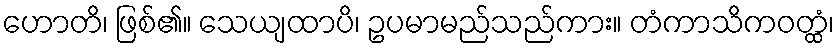
ဟောတိ၊ ဖြစ်၏။ သေယျထာပိ၊ ဥပမာမည်သည်ကား။ တံကာသိကဝတ္ထံ၊